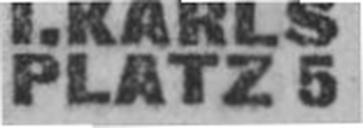
PLATZ 5